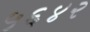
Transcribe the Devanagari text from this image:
५६४२